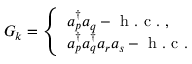
G _ { k } = \left\{ \begin{array} { l l } { a _ { p } ^ { \dagger } a _ { q } - \mathrm { ~ h ~ . ~ c ~ . ~ } , } \\ { a _ { p } ^ { \dagger } a _ { q } ^ { \dagger } a _ { r } a _ { s } - \mathrm { ~ h ~ . ~ c ~ . ~ } } \end{array} \right.